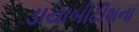
ડાયાબીટીશના